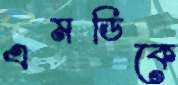
এমডিকে